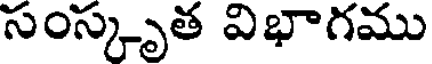
సంస్కృత విభాగము